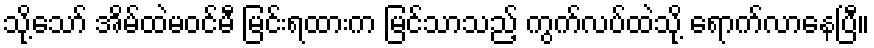
သို့သော် အိမ်ထဲမဝင်မီ မြင်းရထားက မြင်သာသည့် ကွက်လပ်ထဲသို့ ရောက်လာနေပြီ။